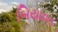
બિયાવત